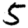
Digit: 5